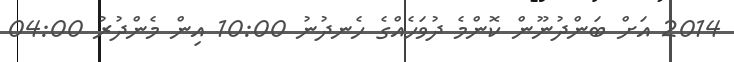
2014 އަށް ބަންދުނޫން ކޮންމެ ދުވަހެއްގެ ހެނދުނު 10:00 އިން މެންދުރުު 04:00